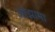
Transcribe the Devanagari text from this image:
ओझामा